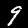
Label: 9